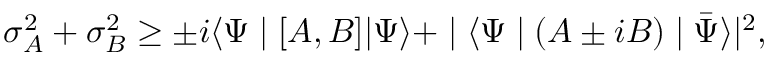
\sigma _ { A } ^ { 2 } + \sigma _ { B } ^ { 2 } \geq \pm i \langle \Psi \mid [ A , B ] | \Psi \rangle + \mid \langle \Psi \mid ( A \pm i B ) \mid { \bar { \Psi } } \rangle | ^ { 2 } ,